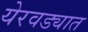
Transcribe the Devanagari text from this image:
येरवड्यात